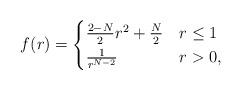
LaTeX: \begin{align*}f(r)=\begin{cases}\frac{2-N}{2}r^2+\frac{N}{2} & r\leq 1\\\frac{1}{r^{N-2}} & r>0,\end{cases}\end{align*}